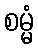
စမ္မံ